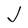
Character: J